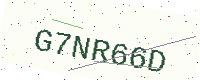
Text: G7NR66D